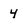
Character: 4